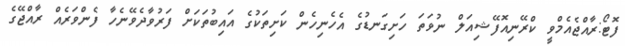
ފޮޓޯ:ރާއްޖެއެމްވީ ކްރޭނިއޮފޭޝިއަލް ނުވަތަ ހަށިގަނޑުގެ އެހެނިހެން ކަށިތަކުގެ އައިބުތަކަށް ފަރުވާދެވޭނެހާ ފެންވަރެއް ރާއްޖޭގެ